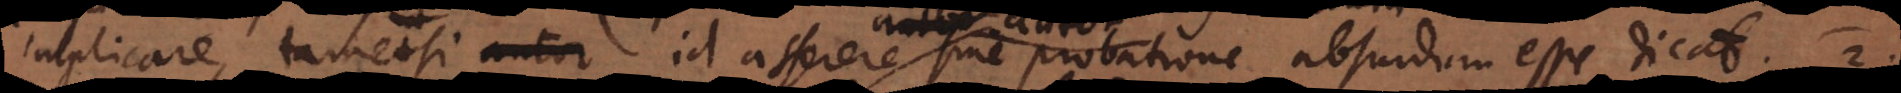
implicare, tametsi id asserere autor sine probatione absurdum esse dicat. 2)